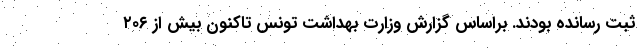
ثبت رسانده بودند. براساس گزارش وزارت بهداشت تونس تاکنون بیش از ۲۰۶